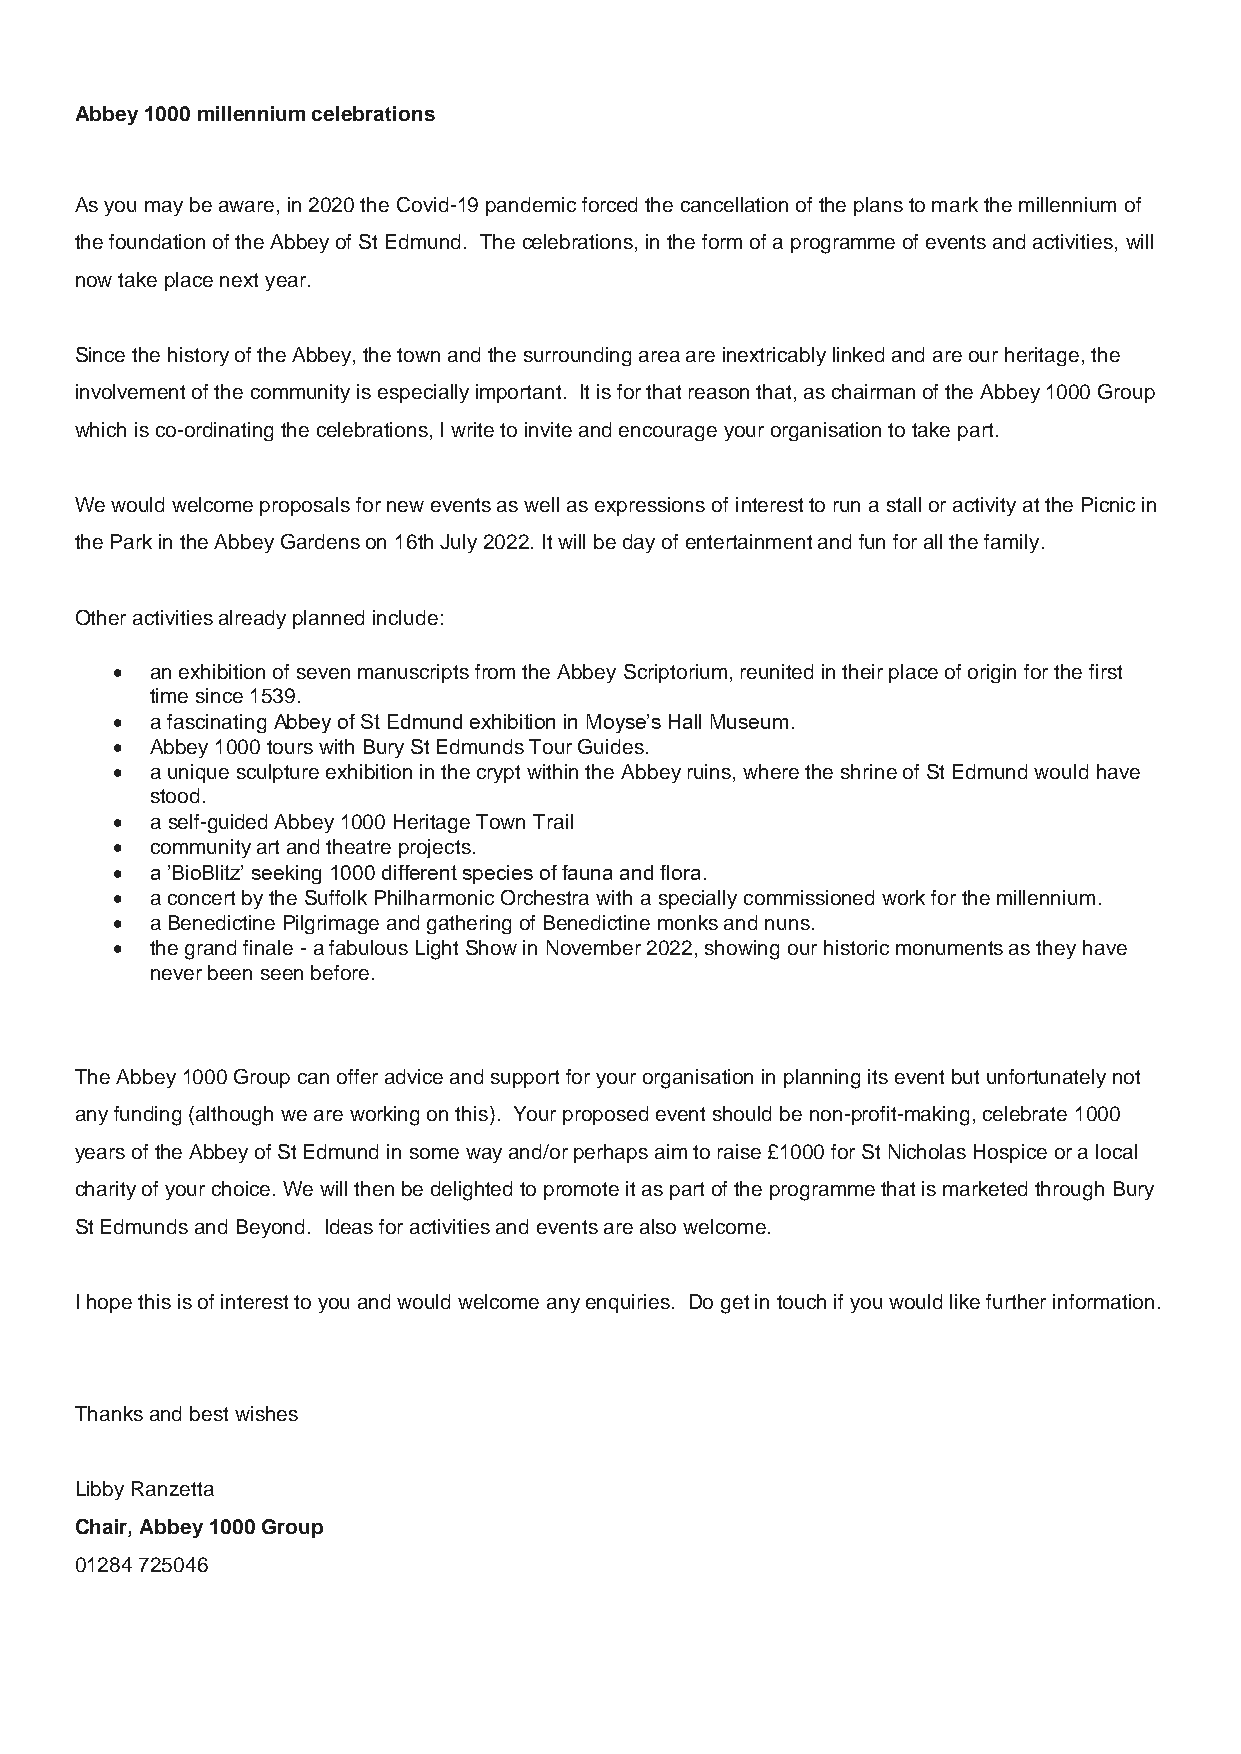
Abbey 1000 millennium celebrations
 As you may be aware, in 2020 the Covid-19 pandemic forced the cancellation of the plans to mark the millennium of
 the foundation of the Abbey of St Edmund. The celebrations, in the form of a programme of events and activities, will
 now take place next year.
 Since the history of the Abbey, the town and the surrounding area are inextricably linked and are our heritage, the
 involvement of the community is especially important. It is for that reason that, as chairman of the Abbey 1000 Group
 which is co-ordinating the celebrations, I write to invite and encourage your organisation to take part.
 We would welcome proposals for new events as well as expressions of interest to run a stall or activity at the Picnic in
 the Park in the Abbey Gardens on 16th July 2022. It will be day of entertainment and fun for all the family.
 Other activities already planned include:
 •  an exhibition of seven manuscripts from the Abbey Scriptorium, reunited in their place of origin for the first
 time since 1539.
 •  a fascinating Abbey of St Edmund exhibition in Moyse’s Hall Museum.
 •  Abbey 1000 tours with Bury St Edmunds Tour Guides.
 •  a unique sculpture exhibition in the crypt within the Abbey ruins, where the shrine of St Edmund would have
 stood.
 •  a self-guided Abbey 1000 Heritage Town Trail
 •  community art and theatre projects.
 •  a ’BioBlitz’ seeking 1000 different species of fauna and flora.
 •  a concert by the Suffolk Philharmonic Orchestra with a specially commissioned work for the millennium.
 •  a Benedictine Pilgrimage and gathering of Benedictine monks and nuns.
 •  the grand finale - a fabulous Light Show in November 2022, showing our historic monuments as they have
 never been seen before.
 The Abbey 1000 Group can offer advice and support for your organisation in planning its event but unfortunately not
 any funding (although we are working on this). Your proposed event should be non-profit-making, celebrate 1000
 years of the Abbey of St Edmund in some way and/or perhaps aim to raise £1000 for St Nicholas Hospice or a local
 charity of your choice. We will then be delighted to promote it as part of the programme that is marketed through Bury
 St Edmunds and Beyond. Ideas for activities and events are also welcome.
 I hope this is of interest to you and would welcome any enquiries. Do get in touch if you would like further information.
 Thanks and best wishes
 Libby Ranzetta
 Chair, Abbey 1000 Group
 01284 725046